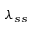
\lambda _ { s s }